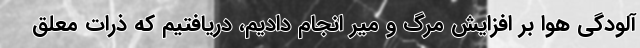
آلودگی هوا بر افزایش مرگ و میر انجام دادیم، دریافتیم که ذرات معلق